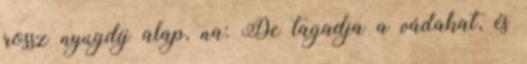
rossz nyugdíj alap, na: De tagadja a vádakat, és